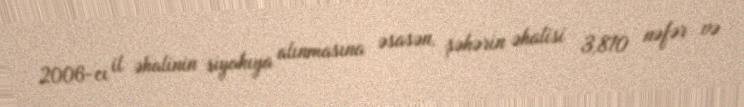
2006-cı il əhalinin siyahıya alınmasına əsasən, şəhərin əhalisi 3,810 nəfər və